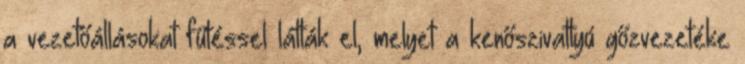
a vezetőállásokat fűtéssel látták el, melyet a kenőszivattyú gőzvezetéke